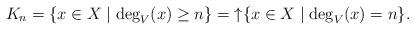
LaTeX: \begin{align*} K_n = \{x \in X \mid \deg_V(x) \ge n\} = {\uparrow}\{x \in X \mid \deg_V(x) = n\}. \end{align*}